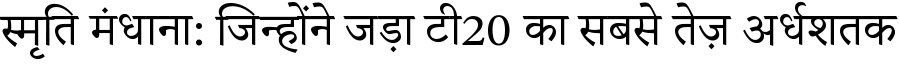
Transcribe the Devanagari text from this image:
स्मृति मंधाना: जिन्होंने जड़ा टी20 का सबसे तेज़ अर्धशतक